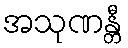
အသုဏန္တီ